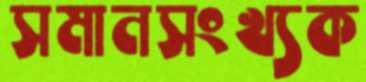
সমানসংখ্যক